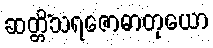
ဆတ္တိံသရဇောဓာတုယော